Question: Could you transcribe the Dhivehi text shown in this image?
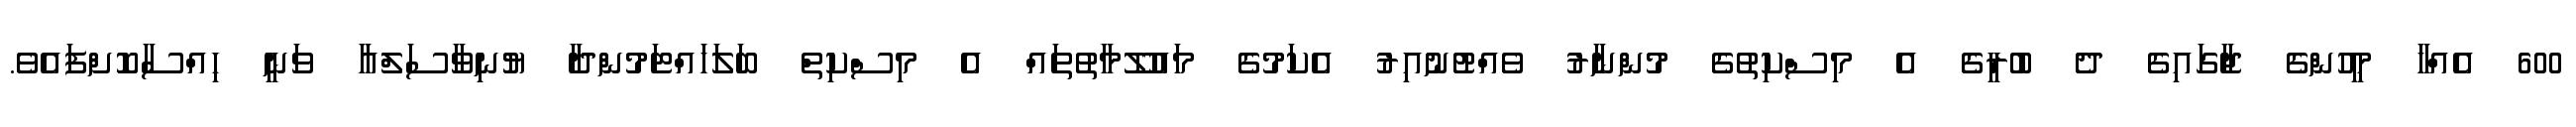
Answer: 600 އެއްހާ މީހުންގެ ޖާގައިގެ ދެ ބުރީގެ އެ މިސްކިތުގެ މުންނާރު ވެއްޓުނުއިރު އެކަމުގެ މައުލޫމާތުތައް އެ މިސްކިތް ބަލަހައްޓަމުންދާ ޔުނިވާސަލްއާ ވަނީ ހިއްސާކޮށްފައެވެ.